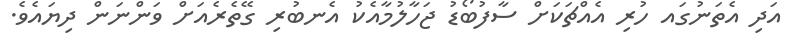
އަދި އެތަނުގައ ހުރި އެއްޗަކަށް ސާފުބޯޑު ޖަހާލުމާއެކު އެނބުރި ގޭތެރެއަށް ވަންނަން ދިޔައެވެ.